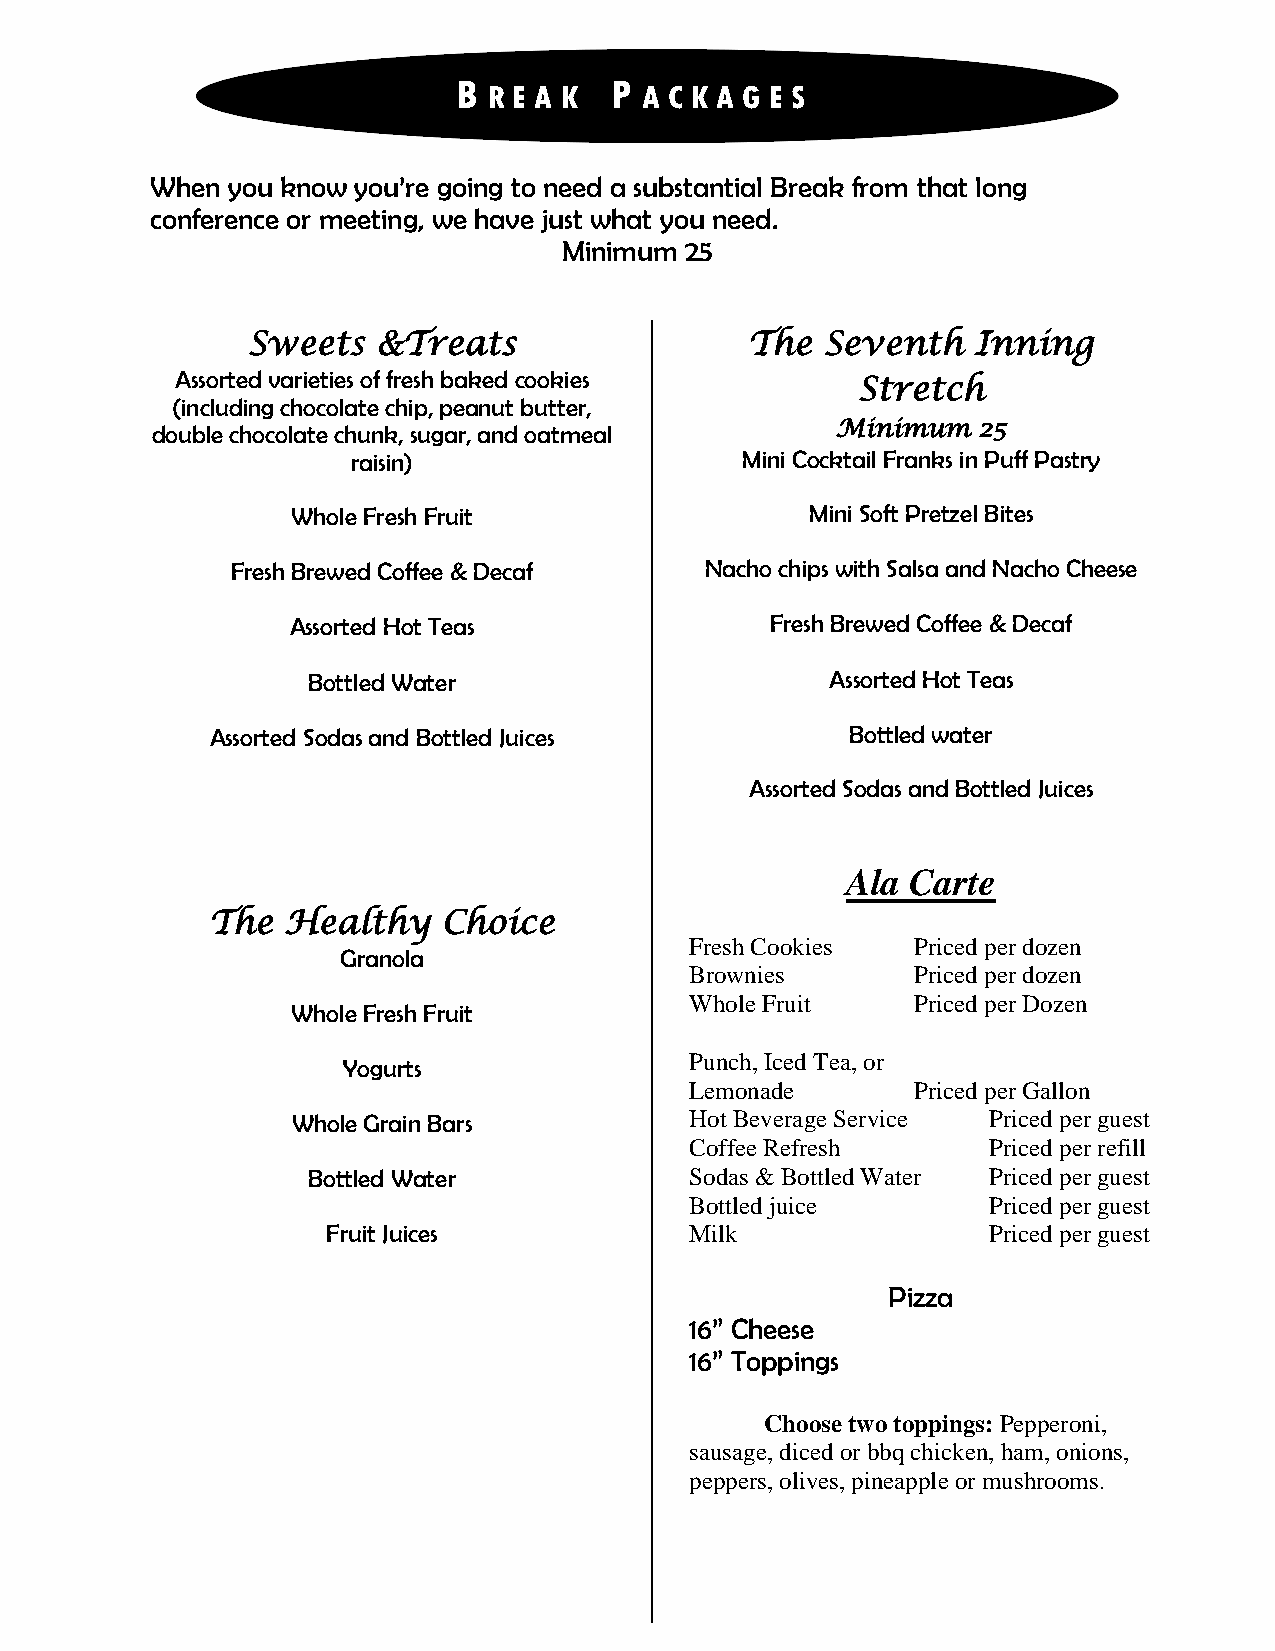
B         P
 R E A K    A C K A G E S
 When you know you’re going to need a substantial Break from that long
 conference or meeting, we have just what you need.
 Minimum 25
 Sweets   &Treats                  The  Seventh   Inning
 Assorted varieties of fresh baked cookies
 Stretch
 (including chocolate chip, peanut butter,
 double chocolate chunk, sugar, and oatmeal   Minimum   25
 raisin)                   Mini Cocktail Franks in Puff Pastry
 Whole Fresh Fruit                  Mini Soft Pretzel Bites
 Fresh Brewed Coffee & Decaf     Nacho chips with Salsa and Nacho Cheese
 Assorted Hot Teas               Fresh Brewed Coffee & Decaf
 Bottled Water                      Assorted Hot Teas
 Assorted Sodas and Bottled Juices         Bottled water
 Assorted Sodas and Bottled Juices
 Ala Carte
 The  Healthy   Choice
 Fresh Cookies  Priced per dozen
 Granola
 Brownies       Priced per dozen
 Whole Fruit    Priced per Dozen
 Whole Fresh Fruit
 Punch, Iced Tea, or
 Yogurts
 Lemonade       Priced per Gallon
 Whole Grain Bars           Hot Beverage Service Priced per guest
 Coffee Refresh     Priced per refill
 Bottled Water             Sodas & Bottled Water Priced per guest
 Bottled juice      Priced per guest
 Fruit Juices            Milk               Priced per guest
 Pizza
 16” Cheese
 16” Toppings
 Choose two toppings: Pepperoni,
 sausage, diced or bbq chicken, ham, onions,
 peppers, olives, pineapple or mushrooms.